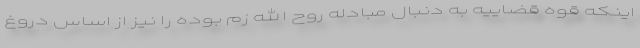
اینکه قوه قضاییه به دنبال مبادله روح الله زم بوده را نیز از اساس دروغ